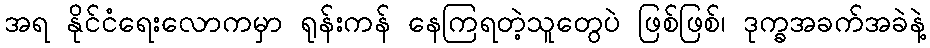
အရ နိုင်ငံရေးလောကမှာ ရုန်းကန် နေကြရတဲ့သူတွေပဲ ဖြစ်ဖြစ်၊ ဒုက္ခအခက်အခဲနဲ့